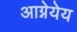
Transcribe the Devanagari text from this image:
आग्नेयेय